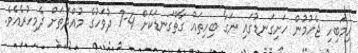
ހިމަބިހި ޖެހުމުން ހަށިގަނޑުގައި ނަގާ ބިހިތައް ގާތްގަނޑަކަށް 4-7 ދުވަހުގެ މުއްދަތަށް ދެމިހުރެއެވެ.